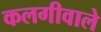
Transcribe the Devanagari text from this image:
कलगीवाले